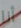
أنا